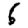
Digit: 6